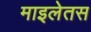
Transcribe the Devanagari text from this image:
माइलेतस